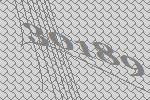
30189